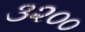
૩૨૦૦